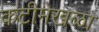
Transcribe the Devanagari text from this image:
कटीमेखळा